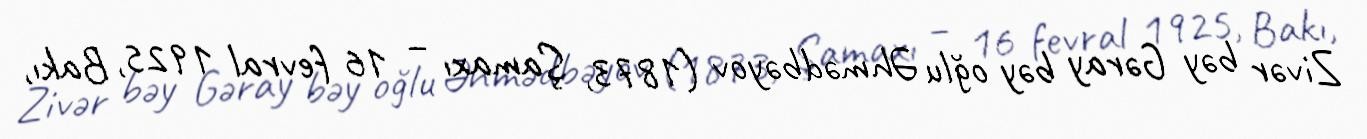
Zivər bəy Gəray bəy oğlu Əhmədbəyov (1873, Şamaxı – 16 fevral 1925, Bakı,